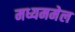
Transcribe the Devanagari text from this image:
मध्यममेल